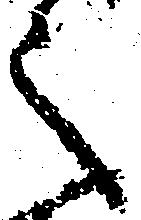
之